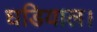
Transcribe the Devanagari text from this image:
घडियाल।